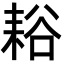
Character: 䎥